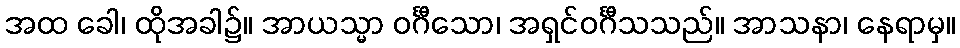
အထ ခေါ၊ ထိုအခါ၌။ အာယသ္မာ ဝင်္ဂီသော၊ အရှင်ဝင်္ဂီသသည်။ အာသနာ၊ နေရာမှ။